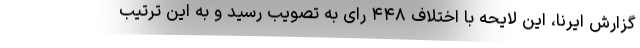
گزارش ایرنا، این لایحه با اختلاف ۴۴۸ رای به تصویب رسید و به این ترتیب